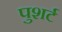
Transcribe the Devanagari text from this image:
पुशर्ट